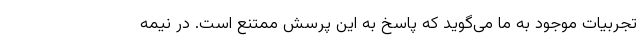
تجربیات موجود به ما می‌گوید که پاسخ به این پرسش ممتنع است. در نیمه